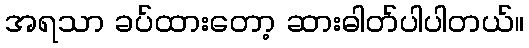
အရသာ ခပ်ထားတော့ ဆားဓါတ်ပါပါတယ်။